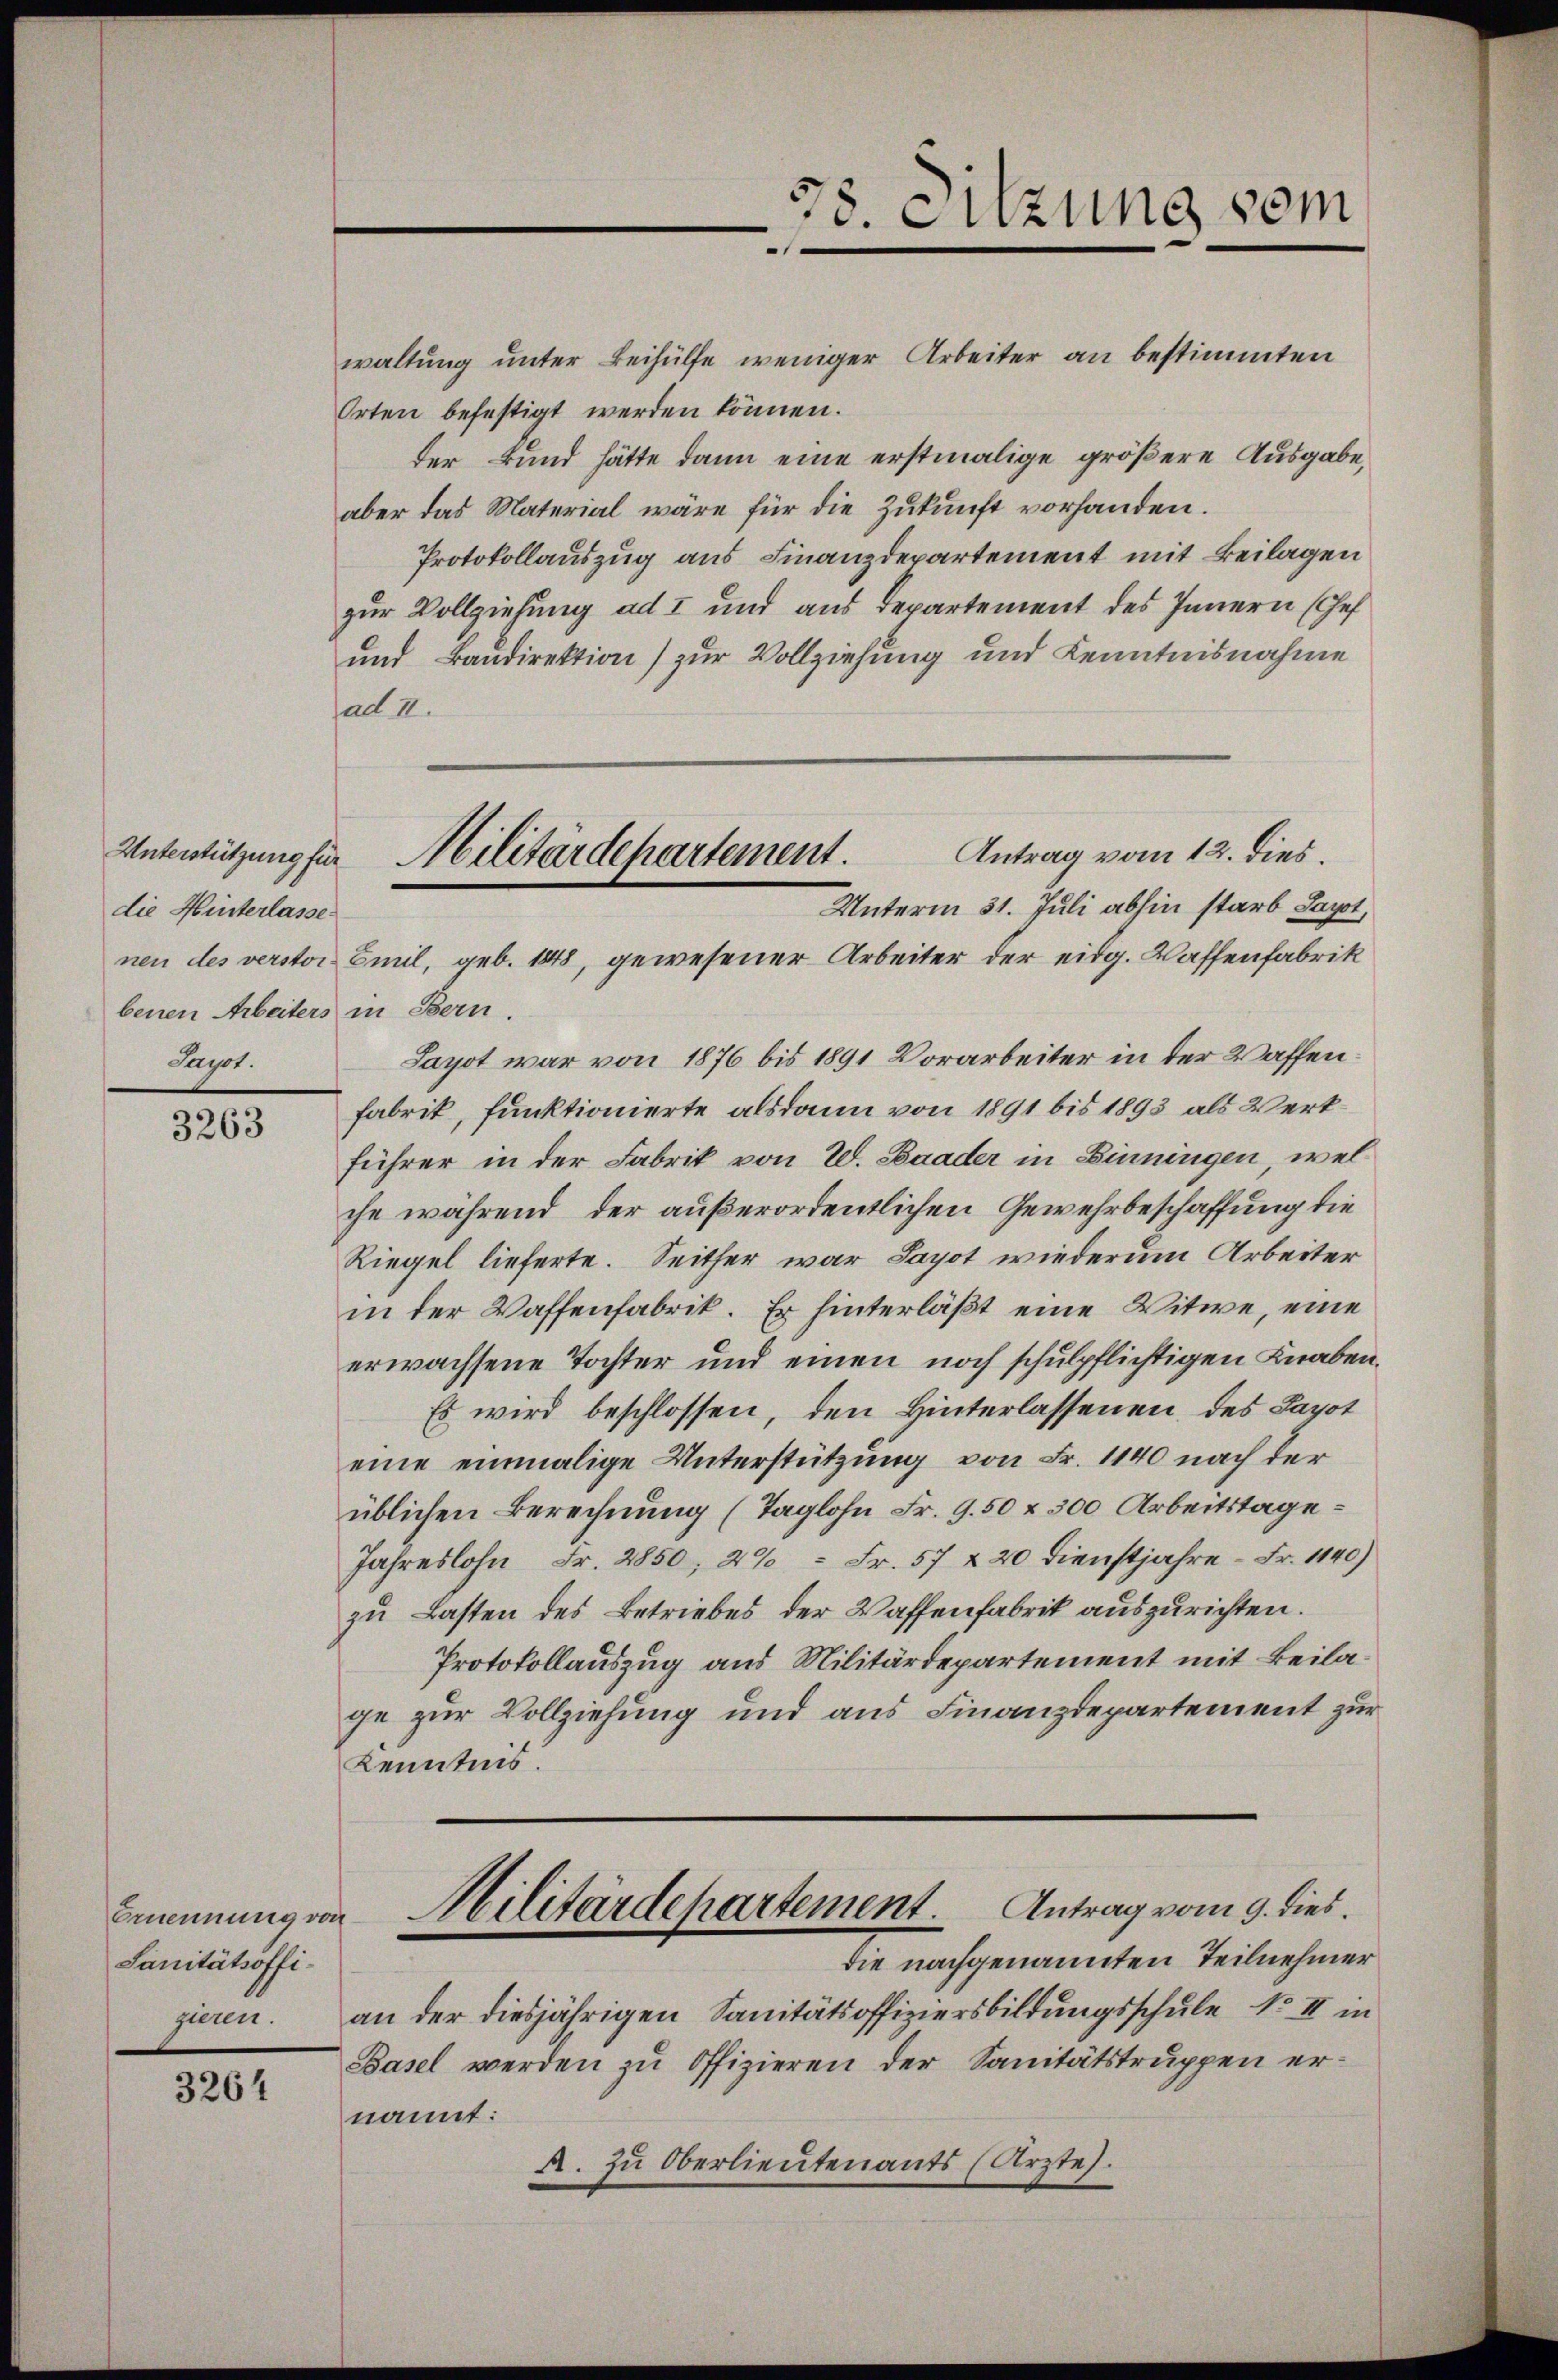
Unterstützung für
die Hinterlasse
benen Arbeiters in Bern.
Juyst.

3263

Ernennung von
Sanitätsoffigieren.

3264

waltung unter Beihülfe weniger Arbeiter an bestimmten
Orten befestigt werden können.
der Bund hätte dann eine erstmalige größere Ausgabe,
aber das Material wäre für die Zukunft vorhanden.
Protokollauszug aus Finanzdepartement mit Beilagen
zur Vollziehung ad I und aus Departement des Innern (Chef
und Baudirektion) zur Vollziehung und Kenntnisnahme
ad II.
nen des verstor Emil, geb. 1848, gewesener Arbeiter der eidg. Waffenfabrik
Sayot war von 1876 bis 1891 Vorarbeiter in der Waffenfabrik, funktionierte alsdann von 1891 bis 1893 als Wertführer in der Fabrik von W. Baader in Binningen, welche während, der außerordentlichen Gewehrbeschaffung die
Riegel lieferte. Seither war Sayot wiederum Arbeiter
in der Waffenfabrik. Er hinterläßt eine Witwe, eine
erwachsene Tochter und einen noch schulpflichtigen Knaben.
Es wird beschlossen, den Hinterlassenen des Sapot
eine einmalige Unterstützung von Fr. 1140 nach der
üblichen Berechnung (Taglohn Fr. 9. 50 & 300 Arbeitstage
Jahreslohn Fr. 2850, 20 = Fr. 57 & 20 Dienstjahre - Fr. 1140)
zu Lasten des Betriebes der Waffenfabrik auszurichten.
Protokollauszug aus Militärdepartement mit Beilage zur Vollziehung und aus Finanzdepartement zur
Kenntnis.

78. Sitzung vom

Antrag vom 12. dies.
Militärdepartement.
Unterm 31. Juli abhin starb Sapot,

an der diesjährigen Sanitätsoffiziersbildungsschule No II in
Basel werden zu Offizieren der Sanitätstruppen ernannt:
A. zu Oberlieutenants Arzte.

Militärdepartement. Antrag vom 9. dies
die nachgenannten Teilnehmer